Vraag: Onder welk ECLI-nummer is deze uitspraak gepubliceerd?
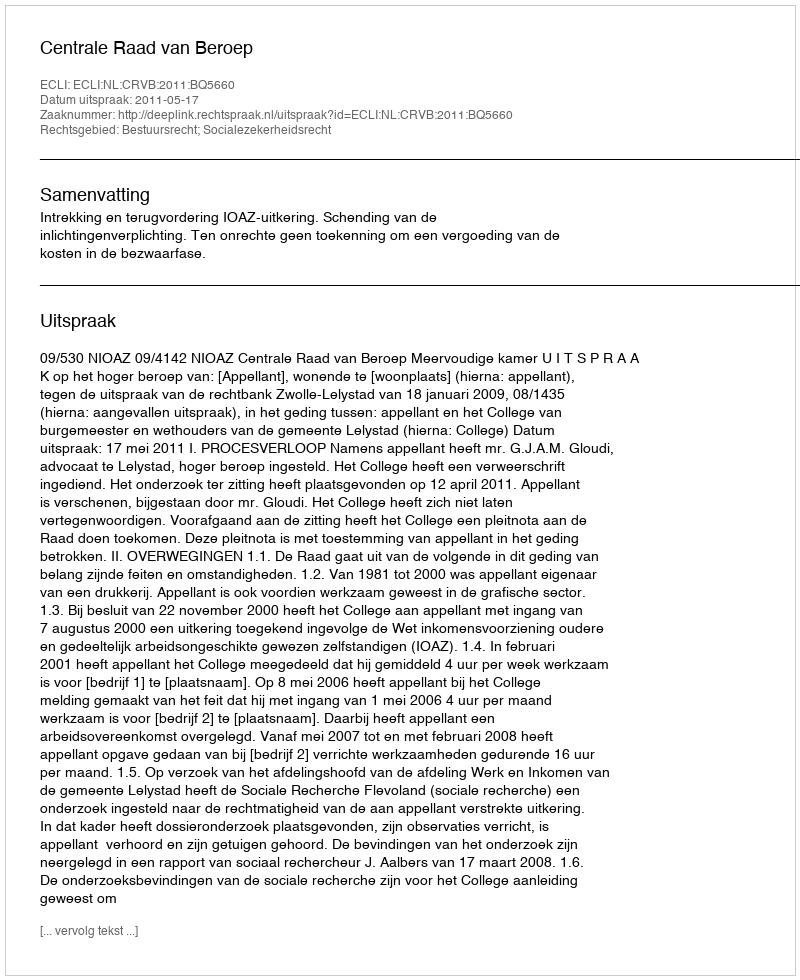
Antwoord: ECLI:NL:CRVB:2011:BQ5660